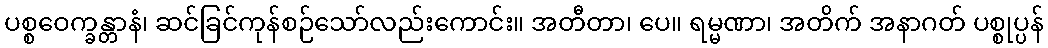
ပစ္စဝေက္ခန္တာနံ၊ ဆင်ခြင်ကုန်စဉ်သော်လည်းကောင်း။ အတီတာ၊ ပေ။ ရမ္မဏာ၊ အတိက် အနာဂတ် ပစ္စုပ္ပန်